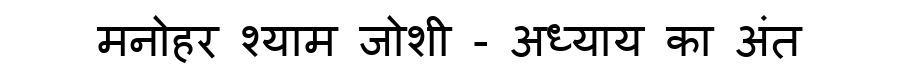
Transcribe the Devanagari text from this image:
मनोहर श्याम जोशी - अध्याय का अंत